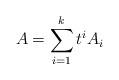
LaTeX: \begin{align*}A = \sum_{i=1}^k t^iA_i\end{align*}